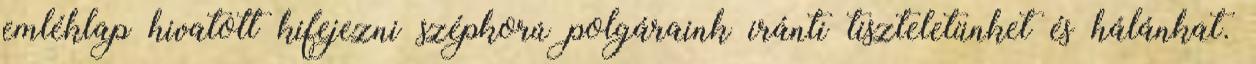
emléklap hivatott kifejezni szépkorú polgáraink iránti tiszteletünket és hálánkat.